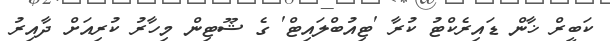
ކަބީރް ޚާން ޑައިރެކްޓު ކުރާ 'ޓިއުބްލައިޓް' ގެ ޝޫޓިން މިހާރު ކުރިއަށް ދާއިރު